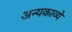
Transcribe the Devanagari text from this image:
अन्यकाव्ये